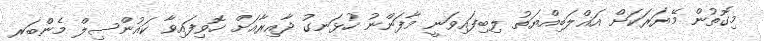
މިގޮތުން މޭޔަރަކަށް އަޣްލަބިއްޔަތު ލިބިފައިވަނީ މާފަންނު ހުޅަނގު ދާއިރާއަށް ހޮވިފައިވާ ކައުންސިލް މެންބަރ